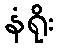
နံရိုး